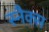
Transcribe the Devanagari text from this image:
स्‍नैक्‍स